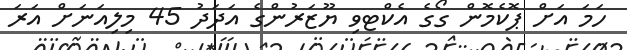
ހަމަ އަށް ޕޮކެމޮން ގޯގެ އެކްޓވި ޔޫޒަރުންގެ އަދަދު 45 މިލިއަނަށް އަރަ